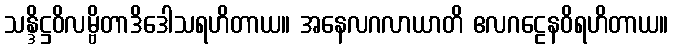
သန္ဒိဋ္ဌဝိလမ္ဗိတာဒိဒေါသရဟိတာယ။ အနေလဂလာယာတိ ဧလဂဠေနဝိရဟိတာယ။